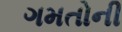
ગમતોની